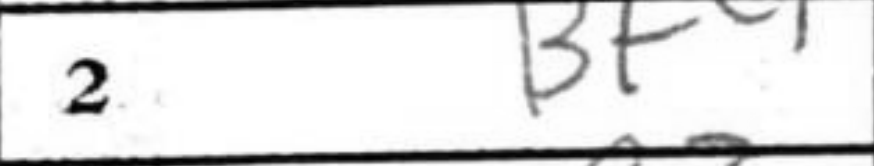
Transcription: Bf4